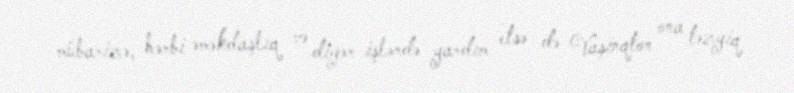
mübarizə, hərbi əməkdaşlıq və digər işlərdə yardım etsə də Vaşinqton ona təzyiq